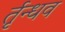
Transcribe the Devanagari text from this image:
र्तृन्धव